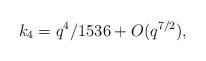
LaTeX: \begin{align*}k_4=q^4/1536+O(q^{7/2}), \end{align*}